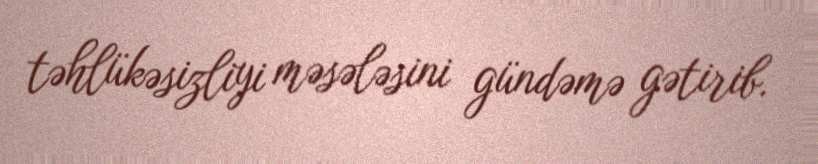
təhlükəsizliyi məsələsini gündəmə gətirib.